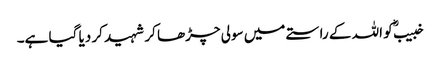
خبیبؓ کو اللہ کے راستے میں سولی چڑھا کر شہید کر دیا گیا ہے۔